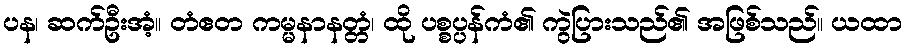
ပန၊ ဆက်ဦးအံ့။ တံဧတ ကမ္မနာနတ္တံ၊ ထို ပစ္စပ္ပန်ကံ၏ ကွဲပြားသည်၏ အဖြစ်သည်။ ယထာ